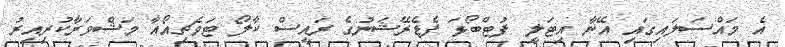
އެ މައްސަލައިގައި އޭނާ އިޓަލީ ފުޓްބޯޅަ ފެޑެރޭޝަނުގެ ރައީސް ކާލޯ ޓަވެޗިއޯއާ މަޝްވަރާކުރިއިރު